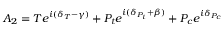
A _ { 2 } = T e ^ { i ( \delta _ { T } - \gamma ) } + P _ { t } e ^ { i ( \delta _ { P _ { t } } + \beta ) } + P _ { c } e ^ { i \delta _ { P _ { c } } }